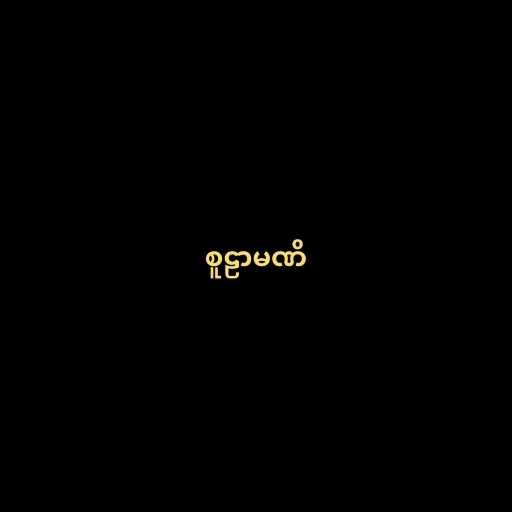
စူဠာမဏိ